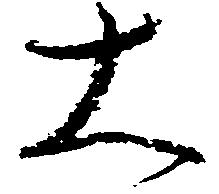
大